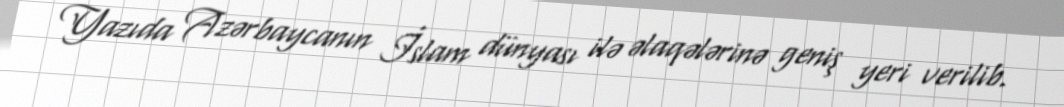
Yazıda Azərbaycanın İslam dünyası ilə əlaqələrinə geniş yeri verilib.